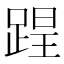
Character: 𨂈